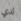
لدي